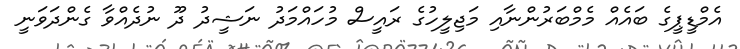
އެމްޑީޕީގެ ބައެއް މެމްބަރުންނާއި މަޖިލީހުގެ ރައީސް މުހައްމަދު ނަޝީދު ދޫ ނުދެއްވާ ގެންދަވަނީ